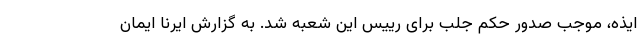
ایذه، موجب صدور حکم جلب برای رییس این شعبه شد. به گزارش ایرنا ایمان